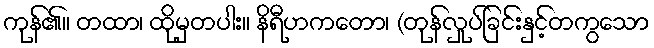
ကုန်၏။ တထာ၊ ထိုမှတပါး။ နိရီဟကတော၊ (တုန်လှုပ်ခြင်းနှင့်တကွသော